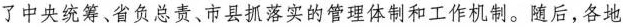
了中央统筹、省负总责、市县抓落实的管理体制和工作机制。随后，各地